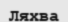
Ляхва